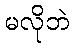
မလိုဘဲ